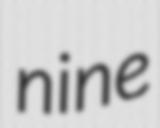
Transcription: nine